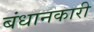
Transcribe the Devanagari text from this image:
बंधानकारी